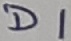
Text: D1